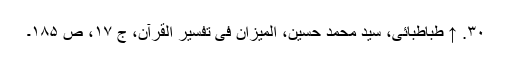
۳۰. ↑ طباطبائی، سید محمد حسین، المیزان فی تفسیر القرآن، ج ۱۷، ص ۱۸۵۔